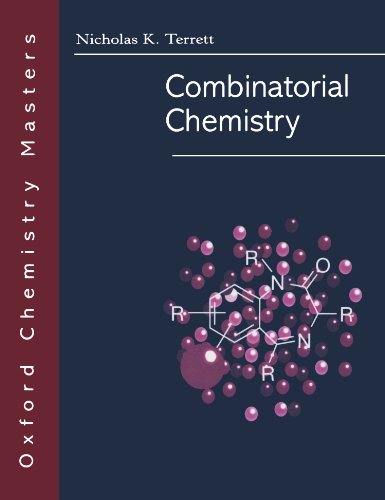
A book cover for Combinatorial Chemistry (Oxford Chemistry Masters); Nicholas K. Terrett; Medical Books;